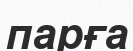
парға